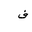
Letter: _fa